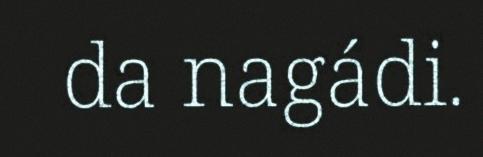
da nagádi.